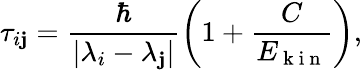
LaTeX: \tau_{i\mathbf{j}}=\frac{{\hbar}}{{|\lambda_{i}-\lambda_{\mathbf{j}}|}}\left(1+\frac{{C}}{{E_{\mathrm{{~k~i~n~}}}}}\right),